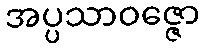
အပ္ပသာဝဇ္ဇော